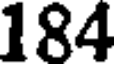
184